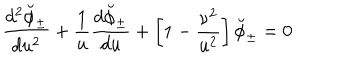
LaTeX: { \frac { d ^ { 2 } \breve { \phi } _ { \pm } } { d u ^ { 2 } } } + { \frac { 1 } { u } } { \frac { d \breve { \phi } _ { \pm } } { d u } } + \left[ 1 - { \frac { \nu ^ { 2 } } { u ^ { 2 } } } \right] \breve { \phi } _ { \pm } = 0